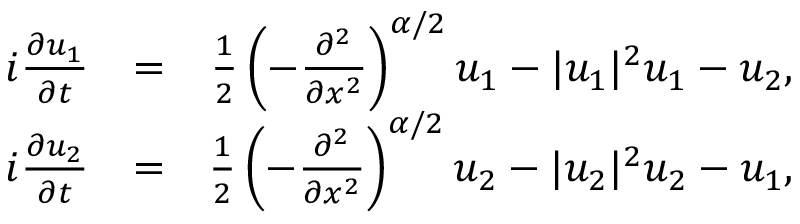
\begin{array} { r l r } { i \frac { \partial u _ { 1 } } { \partial t } } & { = } & { \frac { 1 } { 2 } \left( - \frac { \partial ^ { 2 } } { \partial x ^ { 2 } } \right) ^ { \alpha / 2 } u _ { 1 } - | u _ { 1 } | ^ { 2 } u _ { 1 } - u _ { 2 } , } \\ { i \frac { \partial u _ { 2 } } { \partial t } } & { = } & { \frac { 1 } { 2 } \left( - \frac { \partial ^ { 2 } } { \partial x ^ { 2 } } \right) ^ { \alpha / 2 } u _ { 2 } - | u _ { 2 } | ^ { 2 } u _ { 2 } - u _ { 1 } , } \end{array}